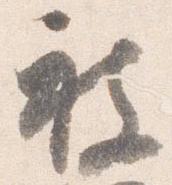
被